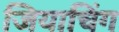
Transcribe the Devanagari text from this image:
जियाचिंग